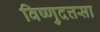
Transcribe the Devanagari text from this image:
विष्णुदत्तसा